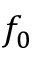
f _ { 0 }